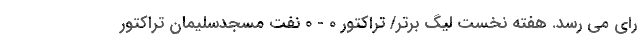
رای می رسد. هفته نخست لیگ برتر/ تراکتور 0 - 0 نفت مسجدسلیمان تراکتور